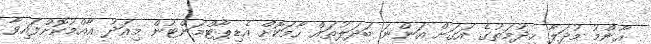
އާންމު މުދަލާ ހިދުމަތުގެ އަގަށް އަންނަ ބަދަލުތައް ހާމަކޮށް އެޑިޕާޓްމަންޓުން މިއަދު އާއްމުކޮށްފައިވާ